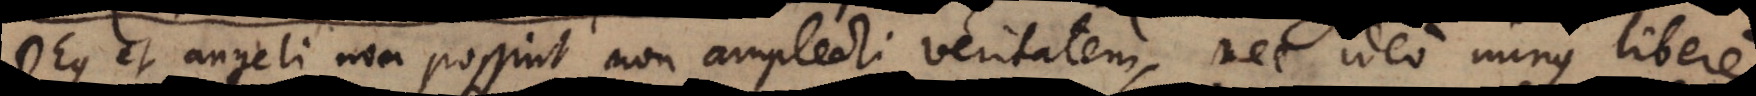
Deus et angeli non possint non amplecti veritatem, nec ideo minus libere